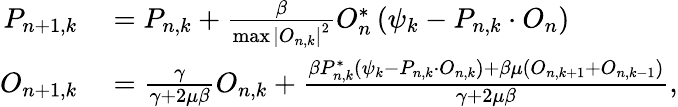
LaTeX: \begin{array}{rl}{P_{n+1,k}}&{{}=P_{n,k}+\frac{\beta}{\operatorname*{max}\left|O_{n,k}\right|^{2}}O_{n}^{*}\left(\psi_{k}-P_{n,k}\cdot O_{n}\right)}\\ {O_{n+1,k}}&{{}=\frac{\gamma}{\gamma+2\mu\beta}O_{n,k}+\frac{\beta P_{n,k}^{*}\left(\psi_{k}-P_{n,k}\cdot O_{n,k}\right)+\beta\mu\left(O_{n,k+1}+O_{n,k-1}\right)}{\gamma+2\mu\beta},}\end{array}